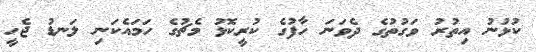
ކުޅުނު އިތުރު ވަގުތުގެ ދެވަނަ ހާފުގެ ކުރީކޮޅު މެޗުގެ ހަމައެކަނި ލަނޑު ޖެހީ